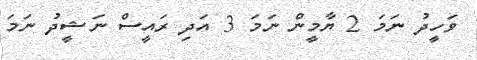
ވަހީދު ނަމަ 2 ޔާމީން ނަމަ 3 އަދި ރައީސް ނަޝީދު ނަމަ